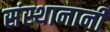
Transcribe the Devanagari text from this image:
संस्थानानी